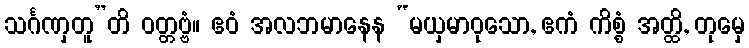
သင်္ဂဏှတူ”တိ ဝတ္တဗ္ဗံ။ ဧဝံ အလဘမာနေန “မယှမာဝုသော, ဧကံ ကိစ္စံ အတ္ထိ, တုမှေ